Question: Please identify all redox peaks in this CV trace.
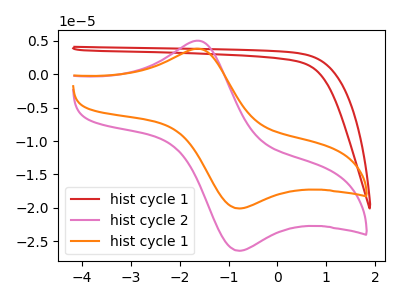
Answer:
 <answer>The red curve "hist cycle 1" has no peaks. The pink curve "hist cycle 2" has an anodic peak at (-1.60V, 5.00uA) and a cathodic peak at (-0.80V, -26.40uA). The orange curve "hist cycle 1" has an anodic peak at (-1.60V, 3.80uA) and a cathodic peak at (-0.80V, -20.10uA).</answer>
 <eval></eval>